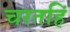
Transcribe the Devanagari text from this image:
चरतहिं